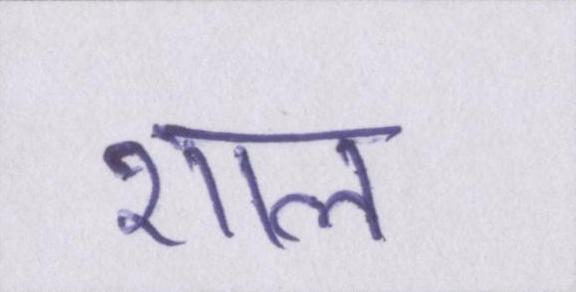
शाल